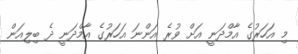
މި އަހަރުގެ އާމްދަނީ އަށް ވުރެ އަންނަ އަހަރުގެ އާމްދަނީ ދެ ބިލިއަން